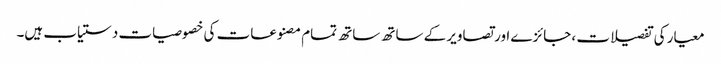
معیار کی تفصیلات ، جائزے اور تصاویر کے ساتھ ساتھ تمام مصنوعات کی خصوصیات دستیاب ہیں۔